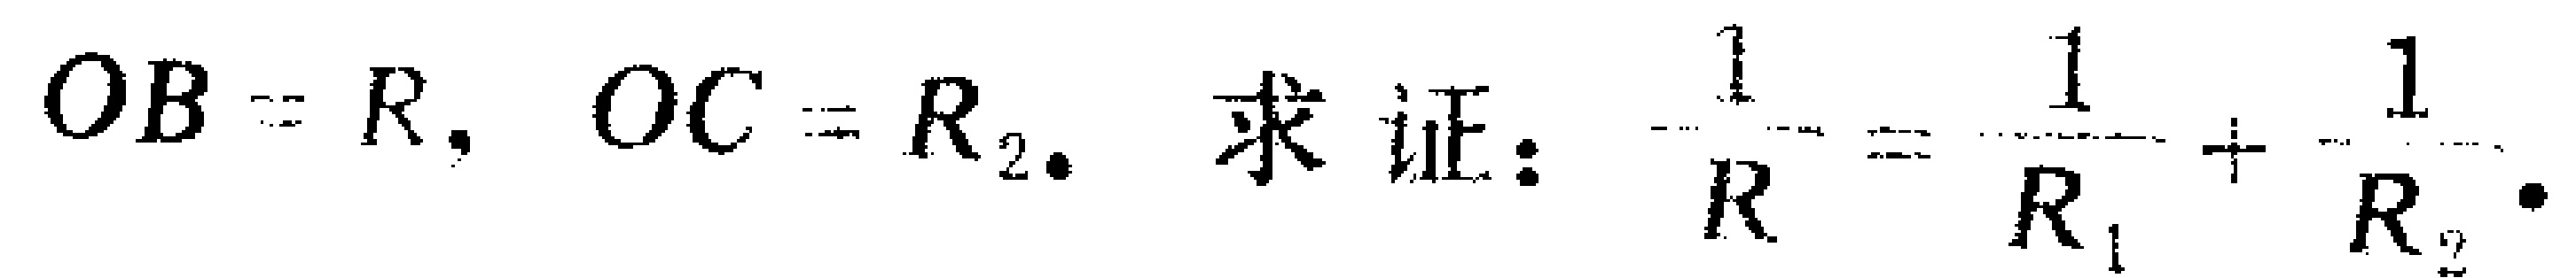
$OB = R_{1}, OC = R_{2}.$ 求证：$\frac{1}{R}=\frac{1}{R_{1}}+\frac{1}{R_{2}}.$